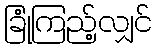
ခြုံကြည့်လျှင်